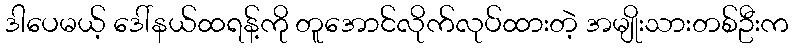
ဒါပေမယ့် ဒေါ်နယ်ထရန့်ကို တူအောင်လိုက်လုပ်ထားတဲ့ အမျိုးသားတစ်ဦးက